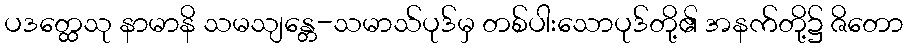
ပဒတ္ထေသု နာမာနိ သမသျန္တေ-သမာသ်ပုဒ်မှ တစ်ပါးသောပုဒ်တို့၏ အနက်တို့၌ ဇိတော